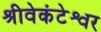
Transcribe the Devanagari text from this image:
श्रीवेकंटेश्वर